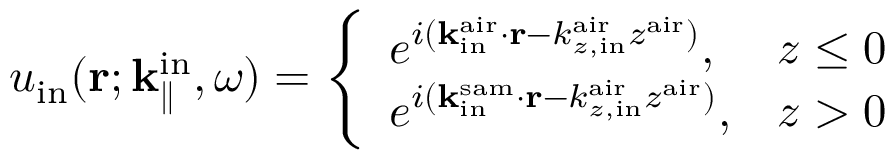
u _ { \mathrm { i n } } ( { \bf r } ; { \bf k } _ { \parallel } ^ { \mathrm { i n } } , \omega ) = \left\{ \begin{array} { l l } { e ^ { i ( { \bf k } _ { \mathrm { i n } } ^ { \mathrm { a i r } } \cdot { \bf r } - k _ { z , \mathrm { i n } } ^ { \mathrm { a i r } } z ^ { \mathrm { a i r } } ) } , } & { z \leq 0 } \\ { e ^ { i ( { \bf k } _ { \mathrm { i n } } ^ { \mathrm { s a m } } \cdot { \bf r } - k _ { z , \mathrm { i n } } ^ { \mathrm { a i r } } z ^ { \mathrm { a i r } } ) } , } & { z > 0 } \end{array} \right.